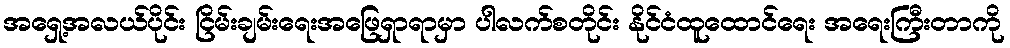
အရှေ့အလယ်ပိုင်း ငြိမ်းချမ်းရေးအဖြေရှာရာမှာ ပါလက်စတိုင်း နိုင်ငံထူထောင်ရေး အရေးကြီးတာကို